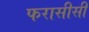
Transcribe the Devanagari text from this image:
फरासीसी